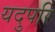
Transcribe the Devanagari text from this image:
यदुपरि